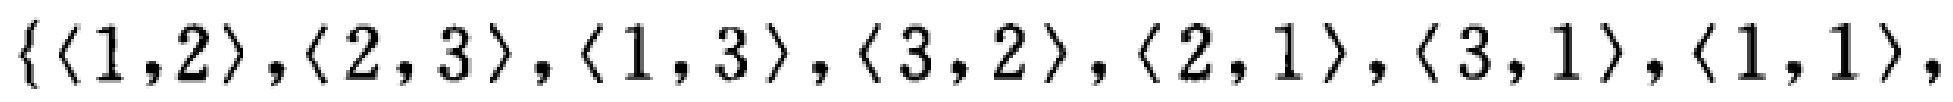
\(\{\langle 1,2\rangle,\langle 2,3\rangle,\langle 1,3\rangle,\langle 3,2\rangle,\langle 2,1\rangle,\langle 3,1\rangle,\langle 1,1\rangle,\)